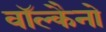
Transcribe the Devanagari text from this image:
वॉल्कैनो